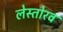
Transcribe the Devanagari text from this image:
लेस्तोरव